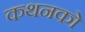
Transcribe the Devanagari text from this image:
कथनको